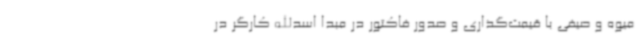
میوه‌ و صیفی‌ با قیمت‌گذاری و صدور فاکتور در مبدا اسدالله کارگر در